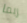
ربما